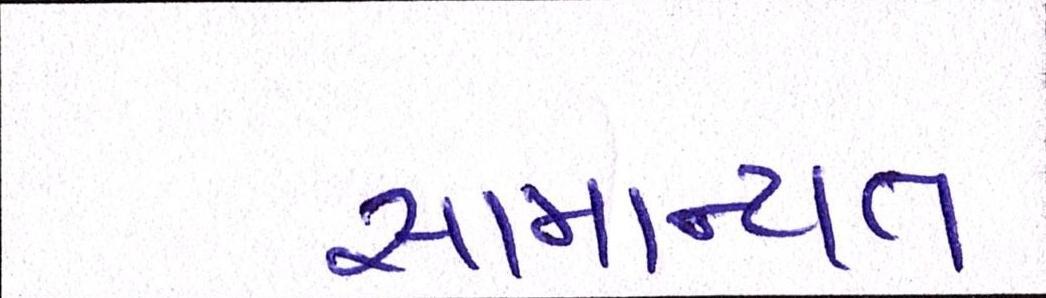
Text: સામાન્યતઃ